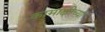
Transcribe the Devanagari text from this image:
कामाक्षीच्या